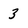
Character: 3